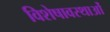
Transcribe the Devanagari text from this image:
विशेषावस्थाओं